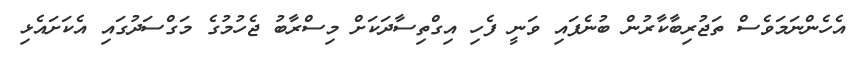
އެހެންނަމަވެސް ތަޖުރިބާކާރުން ބުނެފައި ވަނީ ފެހި އިގްތިސާދަކަށް މިސްރާބު ޖެހުމުގެ މަގްސަދުގައި އެކަށައެޅި